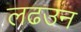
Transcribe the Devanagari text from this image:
लढउन